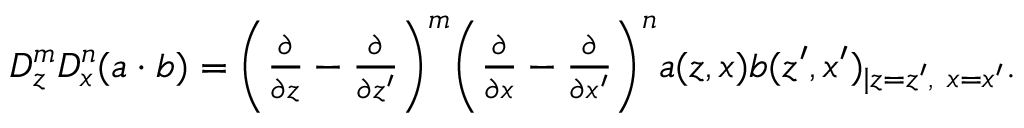
\begin{array} { r } { D _ { z } ^ { m } D _ { x } ^ { n } ( a \cdot b ) = \bigg ( \frac { \partial } { \partial z } - \frac { \partial } { \partial z ^ { \prime } } \bigg ) ^ { m } \bigg ( \frac { \partial } { \partial x } - \frac { \partial } { \partial x ^ { \prime } } \bigg ) ^ { n } a ( z , x ) b ( z ^ { \prime } , x ^ { \prime } ) _ { \lvert z = z ^ { \prime } , ~ x = x ^ { \prime } } . } \end{array}